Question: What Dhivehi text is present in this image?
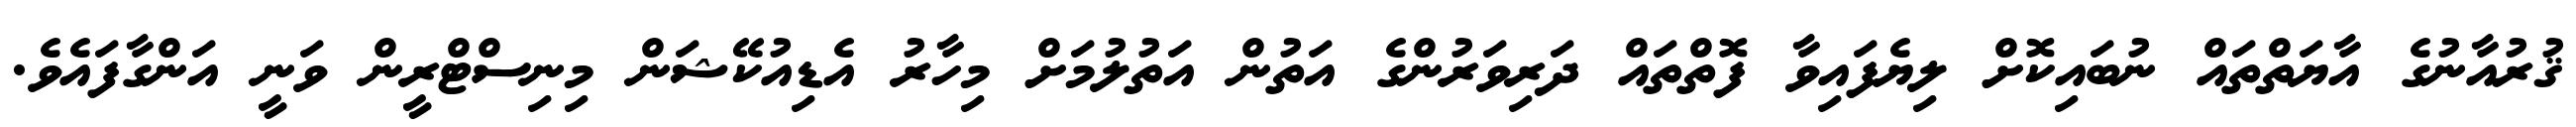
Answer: ޤުރުއާނުގެ އާޔަތްތައް ނުބައިކޮށް ލިޔެފައިވާ ފޮތްތައް ދަރިވަރުންގެ އަތުން އަތުލުމަށް މިހާރު އެޑިއުކޭޝަން މިނިސްޓްރީން ވަނީ އަންގާފައެވެ.